system: You are a helpful assistant.
user:
Analyze the provided spectrum to determine if it is a **Carbon Star (C-type)**.

- **Key Visual Indicators of Carbon Star:**
    - **(Primary):** Strong molecular absorption from **C₂ (diatomic carbon) "Swan Bands."** This is the **defining feature** of a carbon star.
        - **(Key Bandheads):** Sharp absorption edges are visible at approximately $5635$ Å, $5165$ Å (the strongest band), and $4737$ Å.
        - **(Line Profile):** Creates a distinct **"saw-tooth"** pattern. The key morphology is a sharp, steep bandhead on the **red (long-wavelength) side**, which then gradually tapers off (i.e., flux recovers) towards the **blue (short-wavelength) side**. *(This is the direct opposite of the TiO bands seen in M-type stars)*.

    - **(Secondary):** Intense **CN (cyanogen)** molecular absorption bands.
        - **(Key Bandheads):** Located in the blue and violet regions of the spectrum (e.g., near $4215$ Å and $3883$ Å).
        - **(Morphology):** These bands are extremely broad and act as a "blanket," absorbing the vast majority of blue and violet light. This creates a characteristic **"cliff"** or **"steep drop-off"** in the spectrum's flux at short wavelengths.

    - **(Key Confirmation):** Strong **CH absorption band (G-band)**.
        - **(Key Bandhead):** Located around $4300$ Å. The contribution from CH molecules to this band is exceptionally strong.

    - **(Overall Spectrum):**
        - The continuum is severely "chopped up" by these deep molecular bands, especially C₂, rather than appearing as a smooth curve.
        - Due to the heavy CN and C₂ absorption in the blue-green, the vast majority of the star's flux is concentrated in the red part of the spectrum, giving the star its characteristic deep red color.

Think first, call **spectral_visualization_tool** if needed to examine features in detail, then provide your final answer. Your response must adhere to the following strict rules:
1.  **Overall Structure:** Your response must follow the format `<think>...</think> <tool_call>...</tool_call> (if a tool is used) <answer>...</answer>`.
2.  **Tool Usage Constraint:** You may only make **one** tool call per turn.
3.  **Final Answer Format:** In the `<answer>` tag, your conclusion must be inside a `\boxed{}` command (e.g., `\boxed{YES}`), followed by your justification.

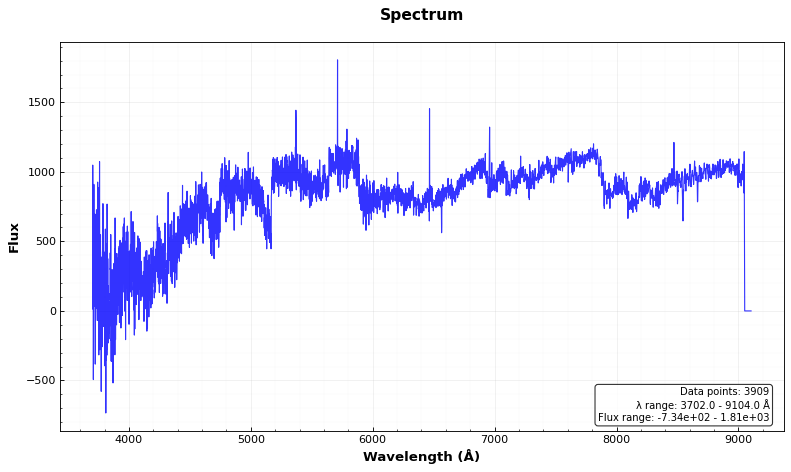
Answer: YES